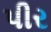
પીર